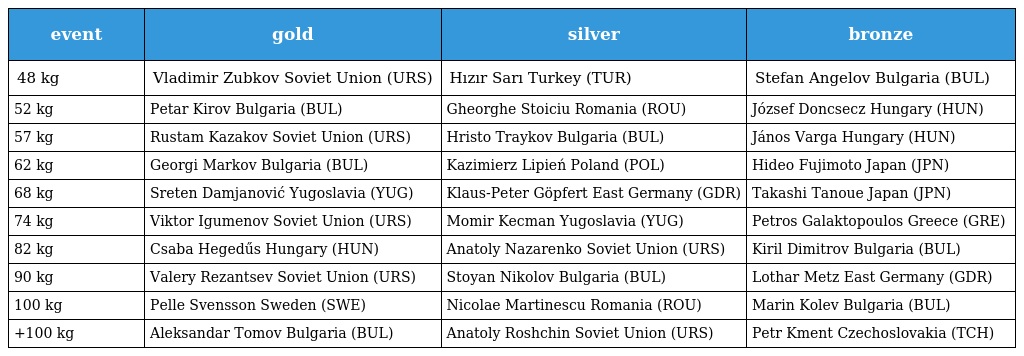
| event | gold | silver | bronze |
 | --- | --- | --- | --- |
 | 48 kg | Vladimir Zubkov Soviet Union (URS) | Hızır Sarı Turkey (TUR) | Stefan Angelov Bulgaria (BUL) |
 | 52 kg | Petar Kirov Bulgaria (BUL) | Gheorghe Stoiciu Romania (ROU) | József Doncsecz Hungary (HUN) |
 | 57 kg | Rustam Kazakov Soviet Union (URS) | Hristo Traykov Bulgaria (BUL) | János Varga Hungary (HUN) |
 | 62 kg | Georgi Markov Bulgaria (BUL) | Kazimierz Lipień Poland (POL) | Hideo Fujimoto Japan (JPN) |
 | 68 kg | Sreten Damjanović Yugoslavia (YUG) | Klaus-Peter Göpfert East Germany (GDR) | Takashi Tanoue Japan (JPN) |
 | 74 kg | Viktor Igumenov Soviet Union (URS) | Momir Kecman Yugoslavia (YUG) | Petros Galaktopoulos Greece (GRE) |
 | 82 kg | Csaba Hegedűs Hungary (HUN) | Anatoly Nazarenko Soviet Union (URS) | Kiril Dimitrov Bulgaria (BUL) |
 | 90 kg | Valery Rezantsev Soviet Union (URS) | Stoyan Nikolov Bulgaria (BUL) | Lothar Metz East Germany (GDR) |
 | 100 kg | Pelle Svensson Sweden (SWE) | Nicolae Martinescu Romania (ROU) | Marin Kolev Bulgaria (BUL) |
 | +100 kg | Aleksandar Tomov Bulgaria (BUL) | Anatoly Roshchin Soviet Union (URS) | Petr Kment Czechoslovakia (TCH) |